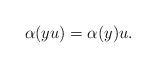
LaTeX: \begin{align*}\alpha(yu) = \alpha(y)u.\end{align*}